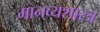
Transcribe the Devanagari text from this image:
मानव्यशास्त्र